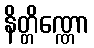
နိတ္တိဏ္ဏော